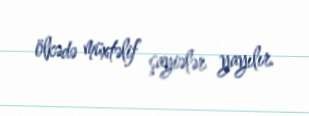
ölkədə müxtəlif şayiələr yayılır.